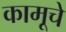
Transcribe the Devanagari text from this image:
कामूचे